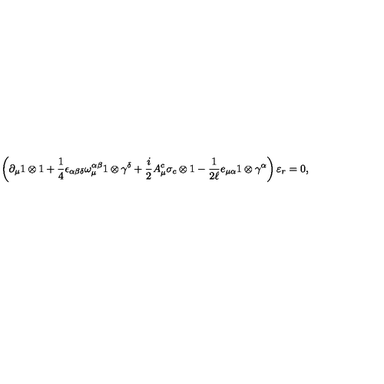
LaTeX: \left( \partial _ { \mu } 1 \otimes 1 + \frac { 1 } { 4 } \epsilon _ { \alpha \beta \delta } \omega _ { \mu } ^ { \alpha \beta } 1 \otimes \gamma ^ { \delta } + \frac { i } { 2 } A _ { \mu } ^ { c } \sigma _ { c } \otimes 1 - \frac { 1 } { 2 \ell } e _ { \mu \alpha } 1 \otimes \gamma ^ { \alpha } \right) \varepsilon _ { r } = 0 ,